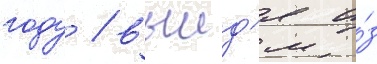
году / выид'я и́з